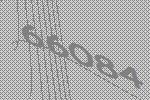
66084